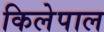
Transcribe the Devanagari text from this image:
किलेपाल